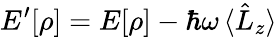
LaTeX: E^{\prime}[\rho]=E[\rho]-\hbar\omega\, \langle\hat{L}_{z}\rangle